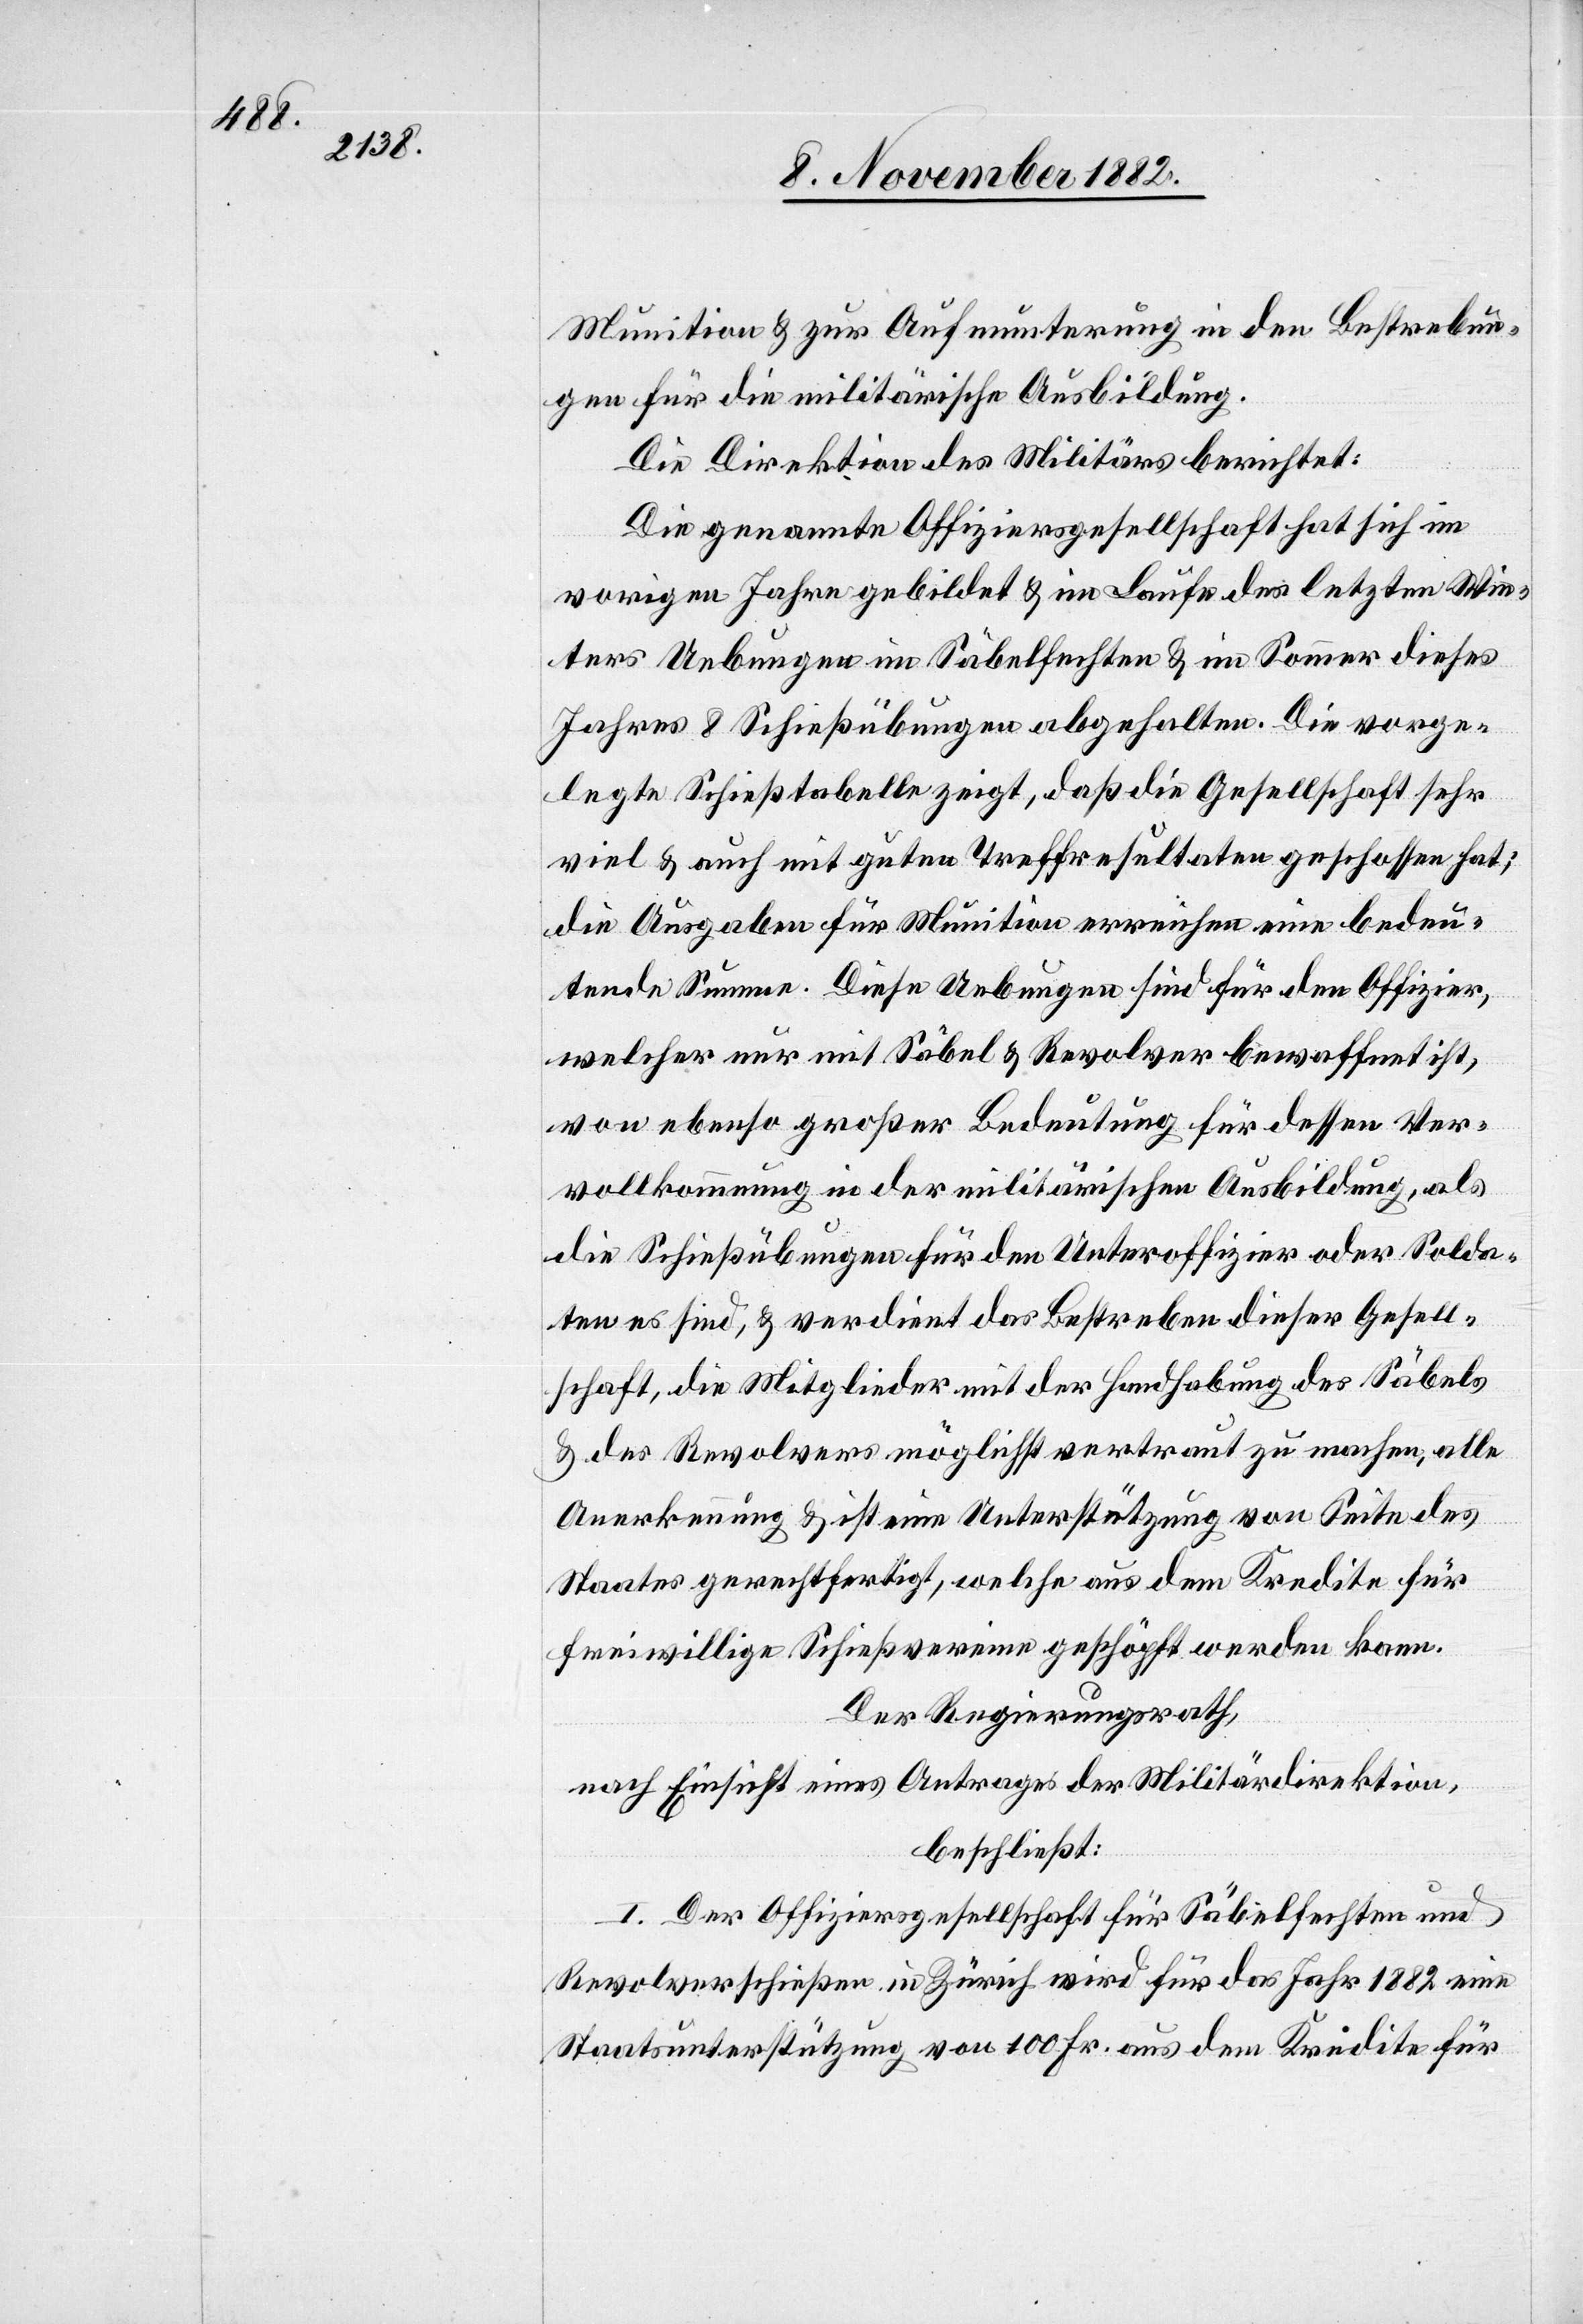
Munition & zur Aufmunterung in den Bestrebun¬
gen für die militärische Ausbildung.
Die Direktion des Militärs berichtet:
Die genannte Offiziersgesellschaft hat sich im
vorigen Jahre gebildet & im Laufe des letzten Win¬
ters Uebungen im Säbelfechten & im Sommer dieses
Jahres 8 Schießübungen abgehalten. Die vorge¬
legte Schießtabelle zeigt, daß die Gesellschaft sehr
viel & auch mit guten Treffresultaten geschossen hat;
die Ausgaben für Munition erreichen eine bedeu¬
tende Summe. Diese Uebungen sind für den Offizier,
welcher nur mit Säbel & Revolver bewaffnet ist,
von ebenso großer Bedeutung für dessen Ver¬
vollkommnung in der militärischen Ausbildung, als
die Schießübungen für den Unteroffizier oder Solda¬
ten es sind, & verdient das Bestreben dieser Gesell¬
schaft, die Mitglieder mit der Handhabung des Säbels
& des Revolvers möglichst vertraut zu machen, alle
Anerkennung & ist eine Unterstützung von Seite des
Staates gerechtfertigt, welche aus dem Kredite für
freiwillige Schießvereine geschöpft werden kann.
Der Regierungsrath,
nach Einsicht eines Antrages der Militärdirektion,
beschließt:
I. Der Offiziersgesellschaft für Säbelfechten und
Revolverschießen in Zürich wird für das Jahr 1882 eine
Staatsunterstützung von 100 Fr. aus dem Kredite für